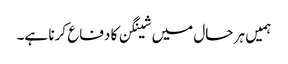
ہمیں ہر حال میں شینگن کا دفاع کرنا ہے۔